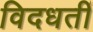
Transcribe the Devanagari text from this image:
विदधतीं